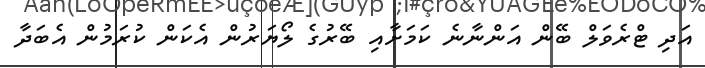
އަދި ޓްރެވަލް ބޭން އަންނާނެ ކަމަށާއި ބޭރުގެ ލޯޔަރުން އެކަން ކުރަމުން އެބަދާ